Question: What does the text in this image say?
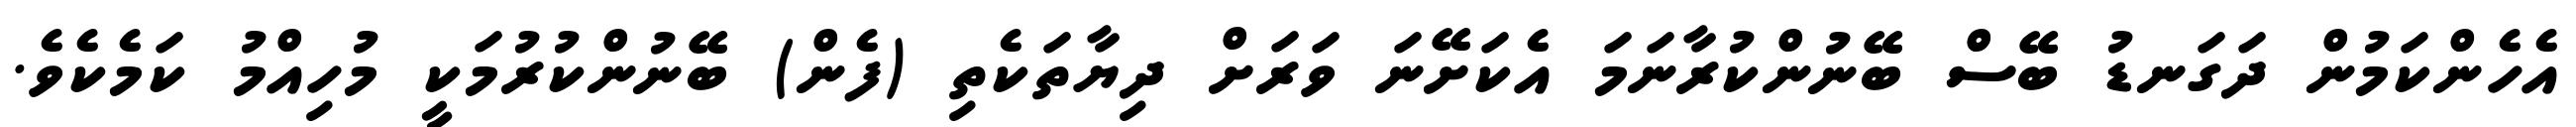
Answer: އެހެންކަމުން ދަގަނޑު ބޭސް ބޭނުންކުރާނަމަ އެކަށޭނަ ވަރަށް ދިޔާތަކެތި (ފެން) ބޭނުންކުރުމަކީ މުހިއްމު ކަމެކެވެ.